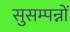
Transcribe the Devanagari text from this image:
सुसम्पन्नों